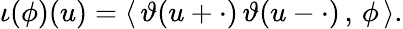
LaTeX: \iota(\phi)(u)=\langle\, \vartheta(u+\cdot)\, \vartheta(u-\cdot)\, ,\, \phi\, \rangle.